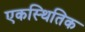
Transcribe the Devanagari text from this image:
एकस्थितिक